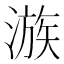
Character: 㵀